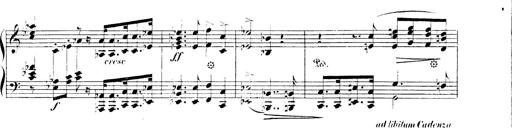
Title: 3 Chansons
Composer: Franz Liszt